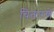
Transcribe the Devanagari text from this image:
चितारणे